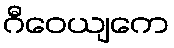
ဂီဝေယျကေ